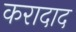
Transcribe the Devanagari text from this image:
करादाद